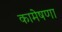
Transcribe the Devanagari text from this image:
कामेषणा